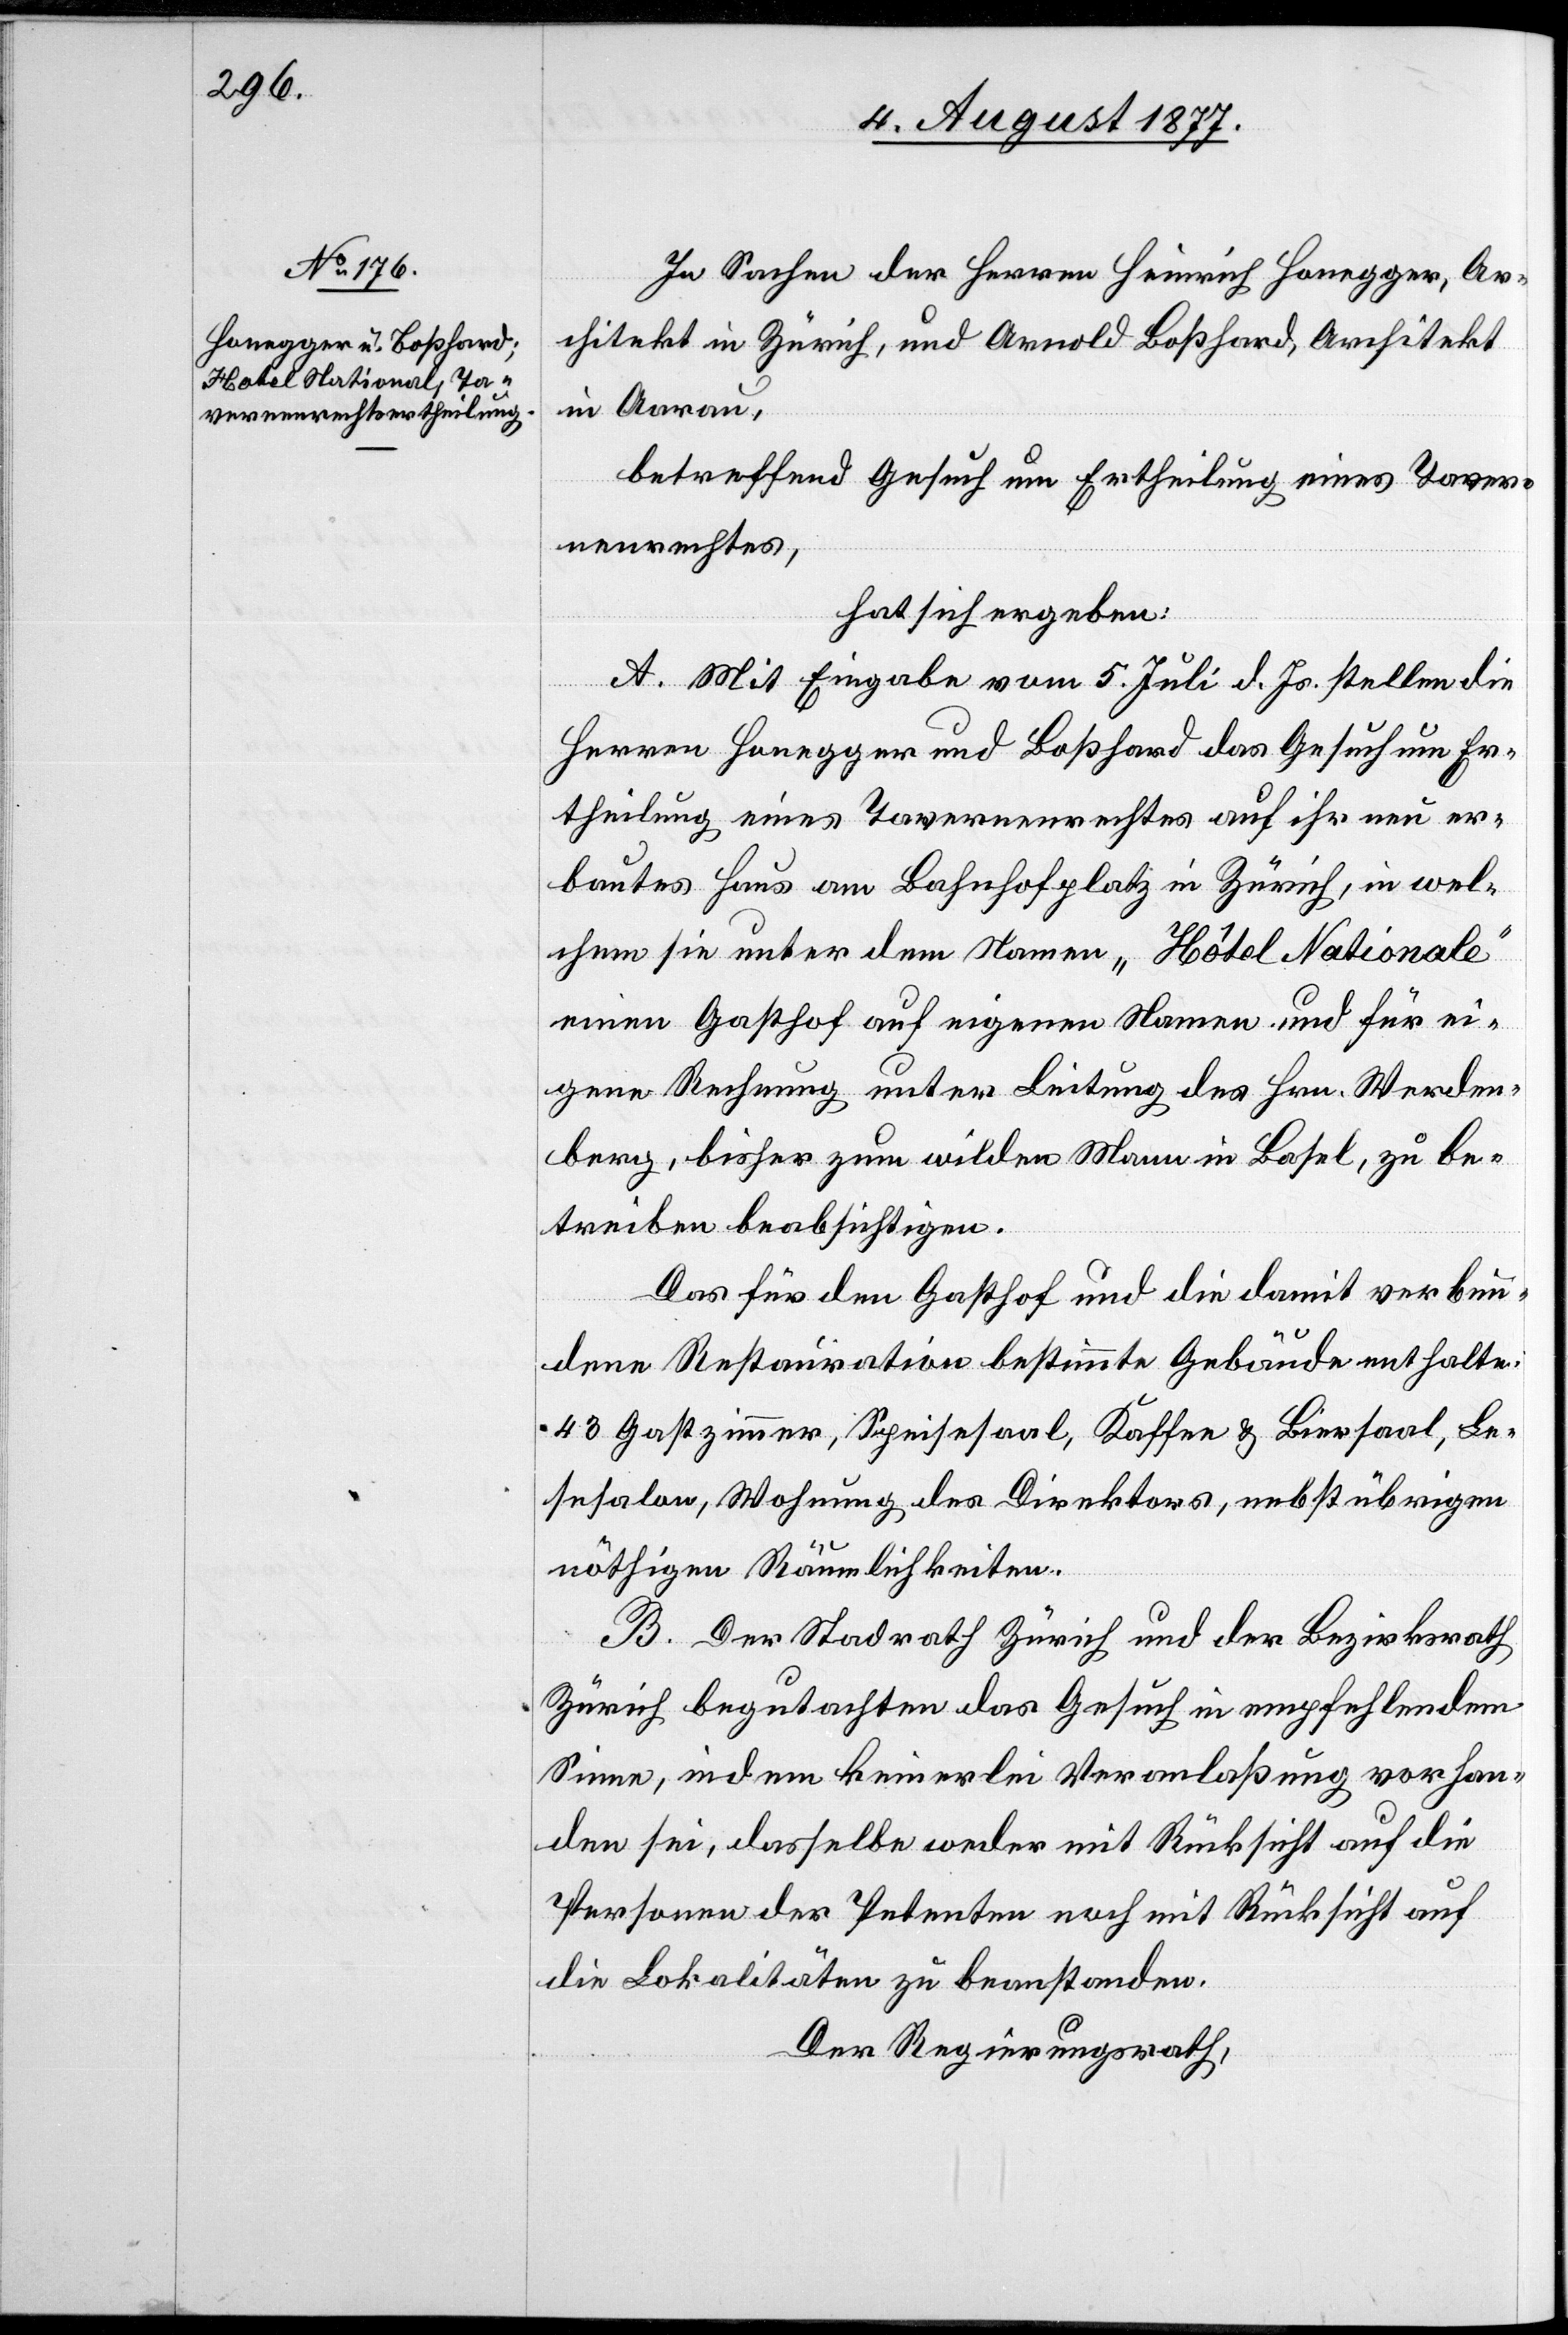
In Sachen der Herren Heinrich Honegger, Ar¬
chitekt in Zürich, und Arnold Boßhard, Architekt
in Aarau,
betreffend Gesuch um Ertheilung eines Taver¬
nenrechtes,
hat sich ergeben:
A. Mit Eingabe vom 5. Juli d. Js. stellen die
Herren Honegger und Boßhard das Gesuch um Er¬
theilung eines Tavernenrechtes auf ihr neu er¬
bautes Haus am Bahnhofplatz in Zürich, in wel¬
chem sie unter dem Namen „Hôtel Nationale“
einen Gasthof auf eigenen Namen und für ei¬
gene Rechnung unter Leitung des Hrn. Werden¬
berg, bisher zum wilden Mann in Basel, zu be¬
treiben beabsichtigen.
Das für den Gasthof und die damit verbun¬
dene Restauration bestimmte Gebäude enthalte:
43 Gastzimmer, Speisesaal, Kaffee & Biersaal, Le¬
sesalon, Wohnung des Direktors, nebst übrigen
nöthigen Räumlichkeiten.
B. Der Stadtrath Zürich und der Bezirksrath
Zürich begutachten das Gesuch in empfehlendem
Sinne, indem keinerlei Veranlaßung vorhan¬
den sei, dasselbe weder mit Rücksicht auf die
Personen der Petenten noch mit Rücksicht auf
die Lokalitäten zu beanstanden.
Der Regierungsrath,